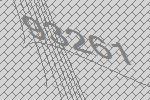
93261